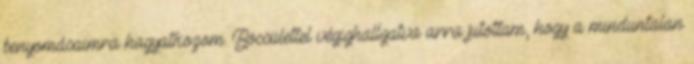
benyomásaimra hagyatkozom. Böcsülettel végighallgatva arra jutottam, hogy a minduntalan